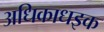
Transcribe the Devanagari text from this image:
अधिकाधइक